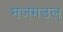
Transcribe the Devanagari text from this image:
मजमउल्